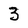
Character: 3